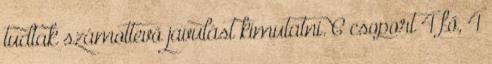
tudtak számottevő javulást kimutatni. C csoport 4 fő, 4